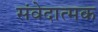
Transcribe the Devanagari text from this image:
संवेदात्मक